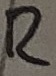
Text: R